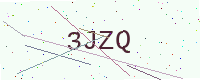
Text: 3JZQ